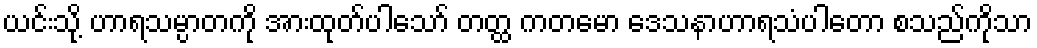
ယင်းသို့ ဟာရသမ္ပာတကို အားထုတ်ပါသော် တတ္ထ ကတမော ဒေသနာဟာရသံပါတော စသည်ကိုသာ